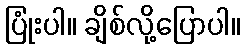
ပြုံးပါ။ ချိစ်လို့ပြောပါ။